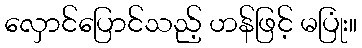
လှောင်ပြောင်သည့် ဟန်ဖြင့် မပြုံး။